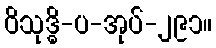
ဝိသုဒ္ဓိ-ပ-အုပ်-၂၉၁။